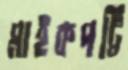
মাইকপট্টি